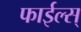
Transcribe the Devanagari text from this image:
फाईल्स्